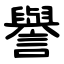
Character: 譽